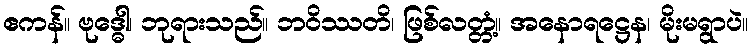
ဧကန်။ ဗုဒ္ဓေါ၊ ဘုရားသည်။ ဘဝိဿတိ၊ ဖြစ်လတ္တံ့။ အနောရဋ္ဌေန၊ မိုးမရွာပဲ။